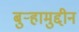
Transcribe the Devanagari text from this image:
बुऱ्हामुद्दीन